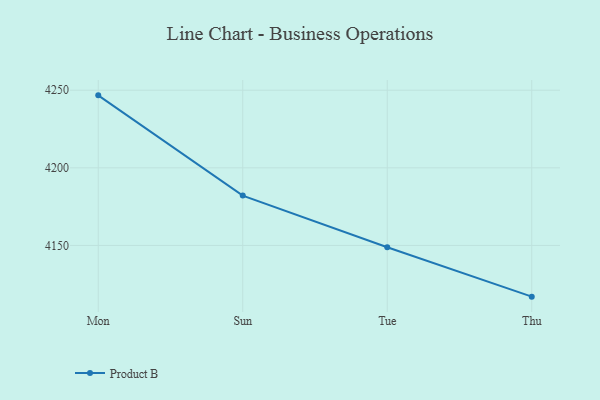
{"axis": {"x": "Day", "y": "Page Views"}, "legend": ["Product B"], "data": [{"x": "Mon", "y": 4246.7, "type": "Product B"}, {"x": "Sun", "y": 4182.1, "type": "Product B"}, {"x": "Tue", "y": 4148.8, "type": "Product B"}, {"x": "Thu", "y": 4117.0, "type": "Product B"}]}